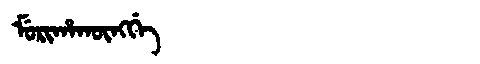
Manchu: ᠮᡠᡵᡳᡥᠠᡴᡡᠩᡤᡝ
Romanization: MURIHAKŪNGGE